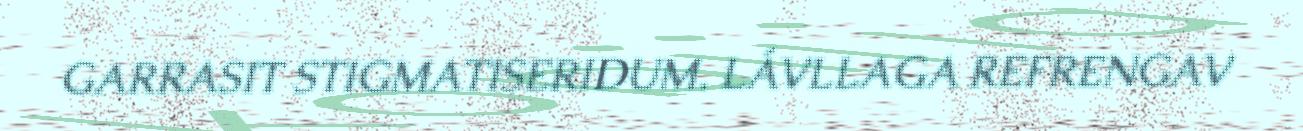
GARRASIT STIGMATISERIDUM. LÁVLLAGA REFRENGAV